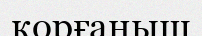
қорғаныш